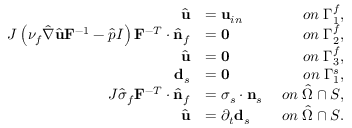
\begin{array} { r l r } { \hat { \mathbf { u } } } & { = \mathbf { u } _ { i n } \; } & { o n \; \Gamma _ { 1 } ^ { f } , } \\ { J \left( \nu _ { f } \hat { \nabla } \hat { \mathbf { u } } \mathbf { F } ^ { - 1 } - \hat { p } I \right) \mathbf { F } ^ { - T } \cdot \hat { \mathbf { n } } _ { f } } & { = \mathbf { 0 } \; } & { o n \; \Gamma _ { 2 } ^ { f } , } \\ { \hat { \mathbf { u } } } & { = \mathbf { 0 } \; } & { o n \; \Gamma _ { 3 } ^ { f } , } \\ { \mathbf { d } _ { s } } & { = \mathbf { 0 } \; } & { o n \; \Gamma _ { 1 } ^ { s } , } \\ { J \hat { \sigma } _ { f } \mathbf { F } ^ { - T } \cdot \hat { \mathbf { n } } _ { f } } & { = \boldsymbol { \sigma } _ { s } \cdot \mathbf { n } _ { s } \; } & { o n \; \hat { \Omega } \cap \cal S , } \\ { \hat { \mathbf { u } } } & { = \partial _ { t } \mathbf { d } _ { s } \; } & { o n \; \hat { \Omega } \cap \cal S . } \end{array}